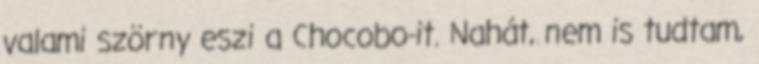
valami szörny eszi a Chocobo-it. Nahát, nem is tudtam,